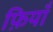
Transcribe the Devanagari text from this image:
फ़ियॉँ